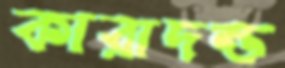
কারাদন্ড